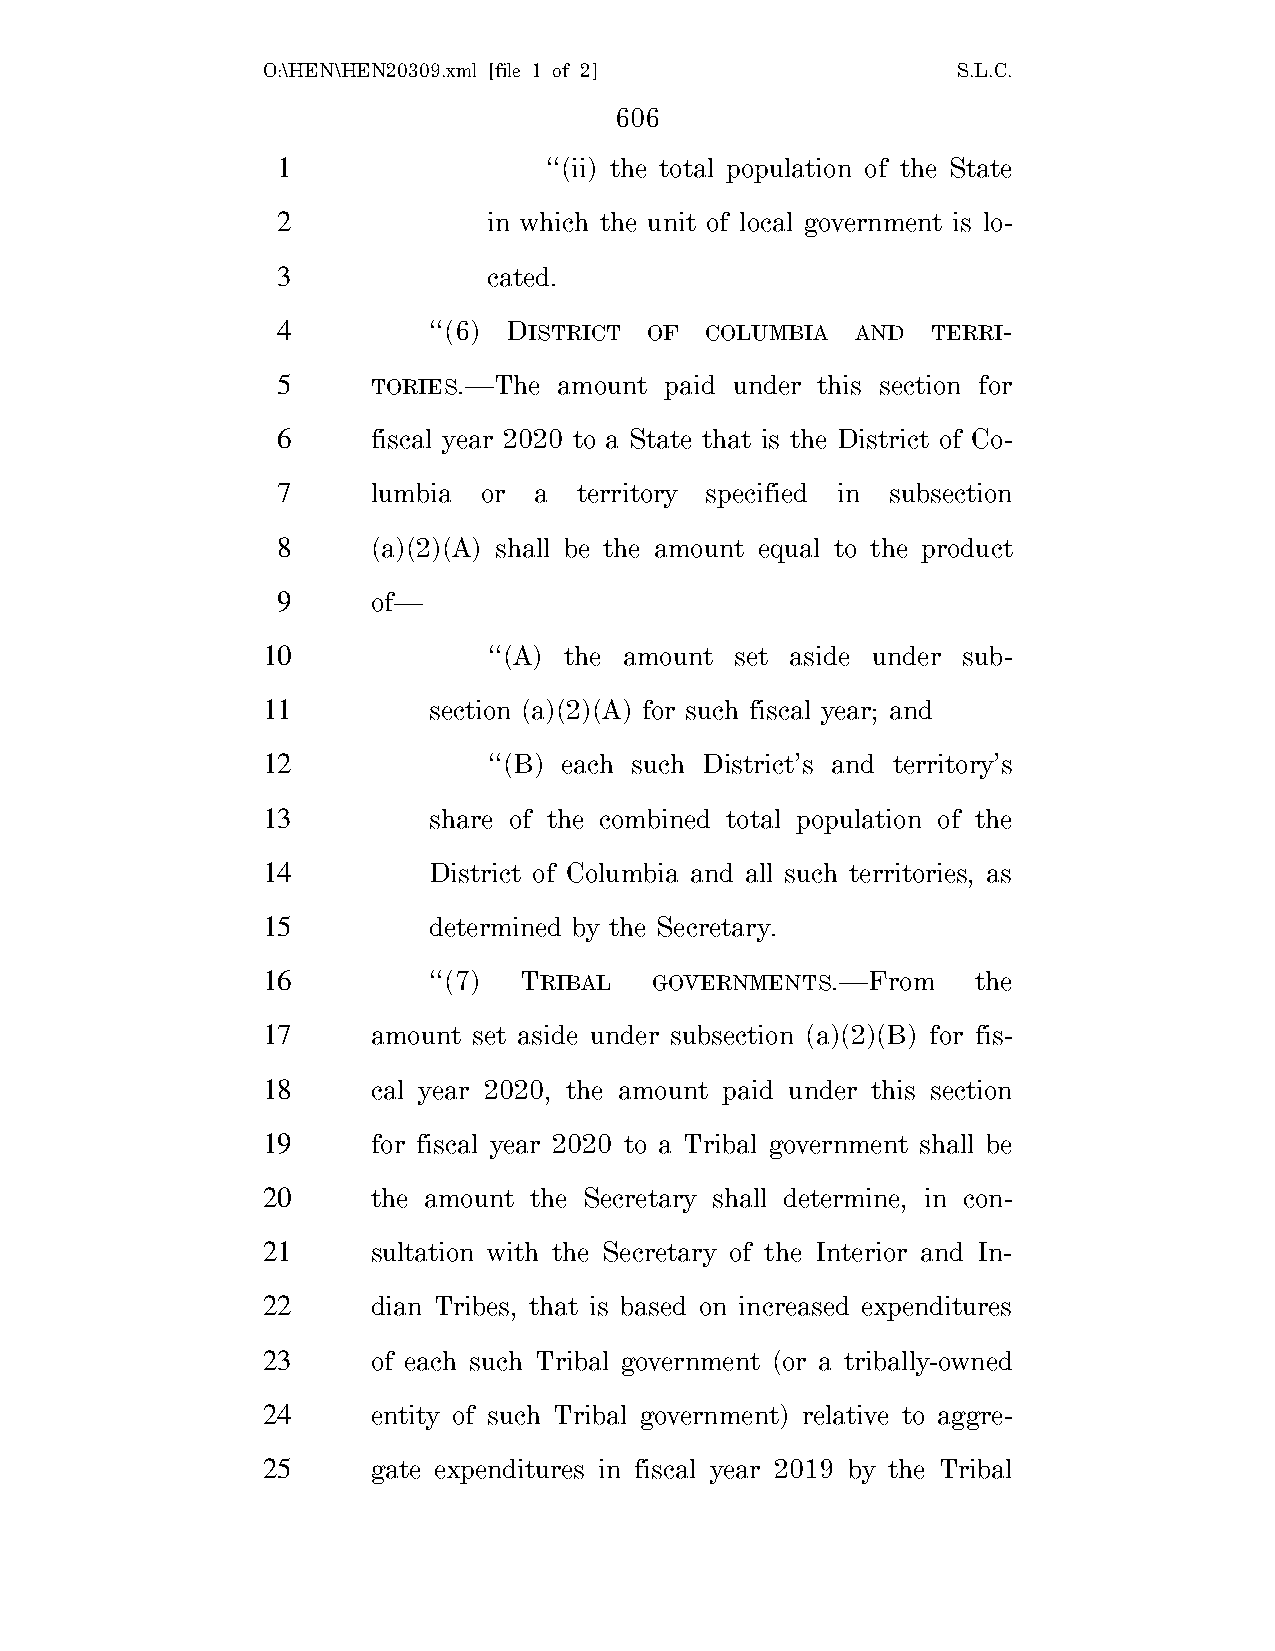
O:\HEN\HEN20309.xml [file 1 of 2]             S.L.C.
 606
 1                 ‘‘(ii) the total population of the State
 2             in which the unit of local government is lo-
 3             cated.
 4         ‘‘(6) DISTRICT OF  COLUMBIA  AND  TERRI-
 5      TORIES.—The amount paid under this section for
 6      fiscal year 2020 to a State that is the District of Co-
 7      lumbia or a  territory specified in subsection
 8      (a)(2)(A) shall be the amount equal to the product
 9      of—
 10             ‘‘(A) the amount set aside under sub-
 11         section (a)(2)(A) for such fiscal year; and
 12             ‘‘(B) each such District’s and territory’s
 13         share of the combined total population of the
 14         District of Columbia and all such territories, as
 15         determined by the Secretary.
 16         ‘‘(7) TRIBAL   GOVERNMENTS.—From     the
 17      amount set aside under subsection (a)(2)(B) for fis-
 18      cal year 2020, the amount paid under this section
 19      for fiscal year 2020 to a Tribal government shall be
 20      the amount the Secretary shall determine, in con-
 21      sultation with the Secretary of the Interior and In-
 22      dian Tribes, that is based on increased expenditures
 23      of each such Tribal government (or a tribally-owned
 24      entity of such Tribal government) relative to aggre-
 25      gate expenditures in fiscal year 2019 by the Tribal